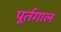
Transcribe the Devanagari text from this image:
पूर्तगाल